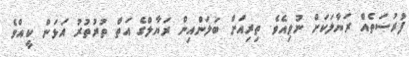
ފުރުސަތެއް ރަޔާލަކަށް ނުވިއެވެ. ތިރިއަށް ބަލަންއިން ރަޔާލްގެ އަތް ތުރުތުރު އަޅަން ކީއްވެ